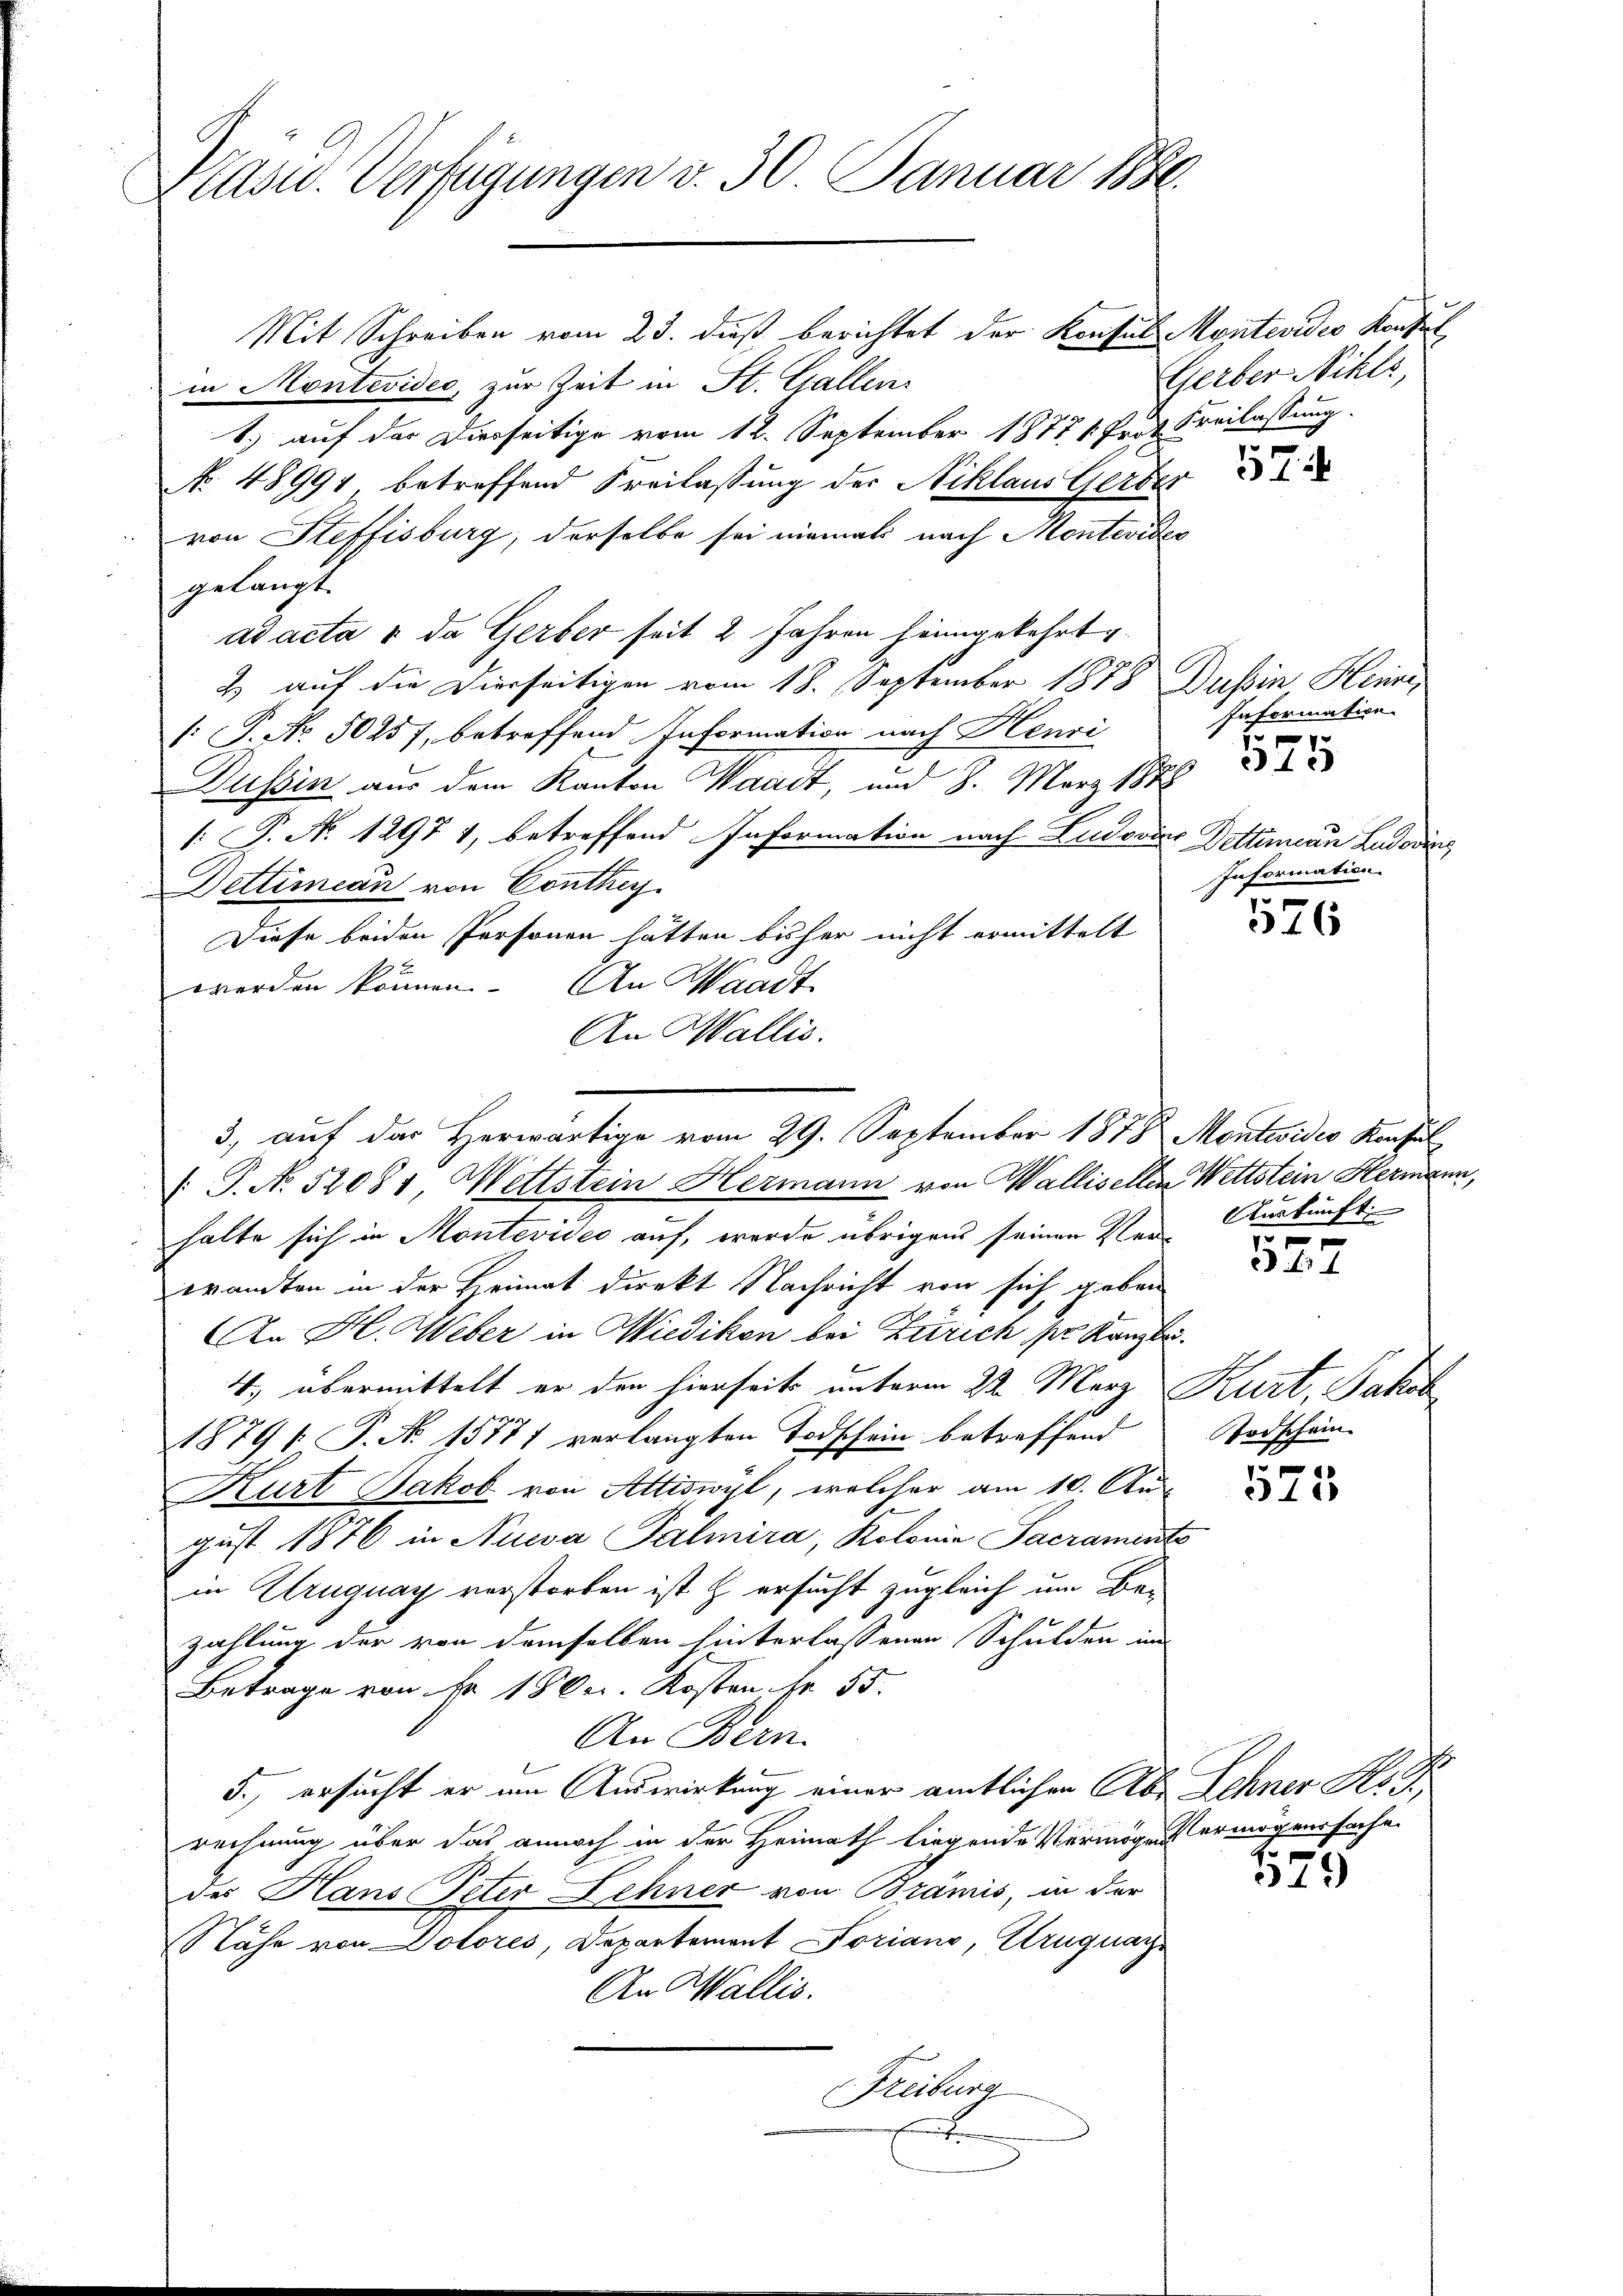
Präsid. Verfügungen v. 30 Januar 1880.

Mit Schreiben vom 23. daß berichtet der Konsul Montevides Konsul
in Montevideo, zur Zeit in St. Gallen
1.) auf der Dierseitige vom 12. September 18771. Prot. Freilassung.
No. 48991 betreffend Freilassung der Niklaus Gerber
von Steffisburg, derselbe sei niemals nach Montevides
gelangt.
ad acta u. da Gerber seit 2 Jahren heimgekehrt
2 auf die Dierseitigen vom 18. September 1878 Dussin Heini
[: P. Nr. 50257, betreffend Information nach Henri
Wussin aus dem Kanton Waadt, und 8. März 188
[ P. No 1297 1, betreffend Information nach Ludovier Dettinian Ludovins
Dettinean von Conthey
Diese beiden Personen hätten bisher nicht ermittelt
werden können. An Waadt
An Wallis.
 P. No 52081, Wettstein Hermann von Wallisellen Wettstein Hermann,
halte sich in Montevideo auf, worde übrigens seinen Verwandten in der Heimat direkt Nachricht von sich geben
An H. Weber in Wiedikon bei Zürich der Kanzle
4, übermittelt er den hierseits unterm 22. März Kurt, Jakob
1879 P. N. 15771 verlangten Todschein betreffend
Kurt Jakob von Attiswyl, welcher am 10. Au
gust 1876 in Niwa Palmira, Kolonie Sacraments
in Uruguay verstorben ist & ersucht zugleich um Be-
zahlung der von demselben hinterlassenen Schulden im
Betrage von Fr. 1800. Kosten Fr. 55.
An Bern.
5., ersucht er im Auswirkung einer amtlichen Aber Sehner Kon
rechnung über das annoch in der Heimath liegende Vermögen ermögenssache.
des Hans Peter Lehner von Brämis, in der
Nähe von Dotores, Departement Loriano, Uruguay
An Wallis.
Freiburg
.

3, auf das Herwärtige vom 29. September 1878 Montwider Konsul

Gerber Nihls,

57

Information.

345

Information.

526

Auskunft.

e

Todschein.

f
312

529